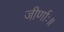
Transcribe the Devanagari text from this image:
जीर्णाः॥